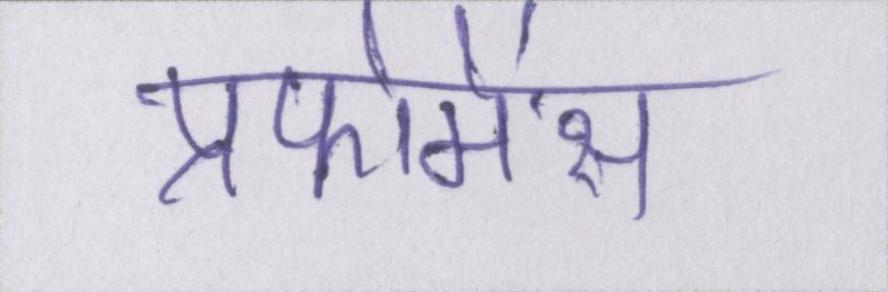
प्रफोमेंस